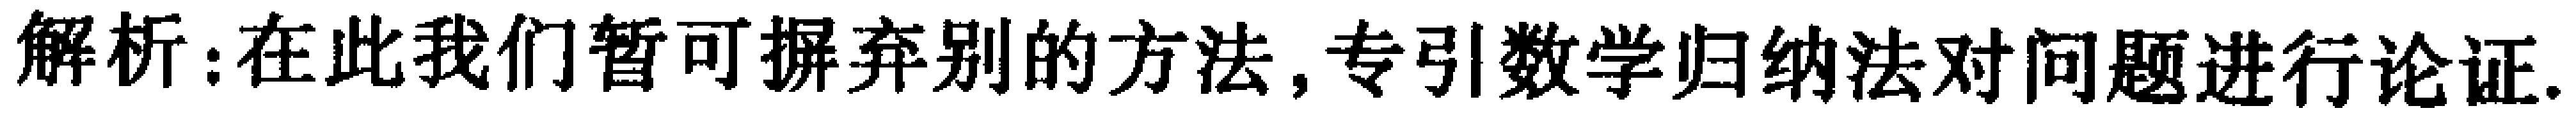
解析:在此我们暂可摒弃别的方法,专引数学归纳法对问题进行论证.